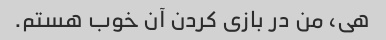
هی، من در بازی کردن آن خوب هستم.